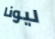
ليونا